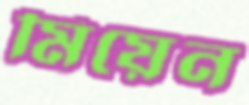
মিয়েন